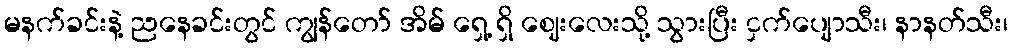
မနက်ခင်းနဲ့ ညနေခင်းတွင် ကျွန်တော် အိမ် ရှေ့ ရှိ ဈေးလေးသို့ သွားပြီး ငှက်ပျောသီး၊ နာနတ်သီး၊